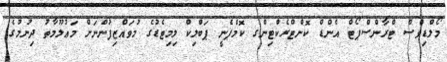
މޯލްޑިވްސް ޓްރާންސްޕޯޓް އެންޑް ކޮންޓްރެކްޓިންގ ކޮމްޕެނީ ޕަބްލިކް ލިމިޓެޑުގެ މުވައްޒިފުންނަށް މަޢުލޫމާތު ދިނުމުގެ